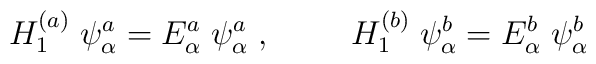
H_1^{(a)}\;\psi^a_{\alpha}= E^{a}_{\alpha}\;  \psi^a_{\alpha}\; , \hspace{1cm}H_1^{(b)}\;\psi^b_{\alpha}= E^{b}_{\alpha}\;  \psi^b_{\alpha}